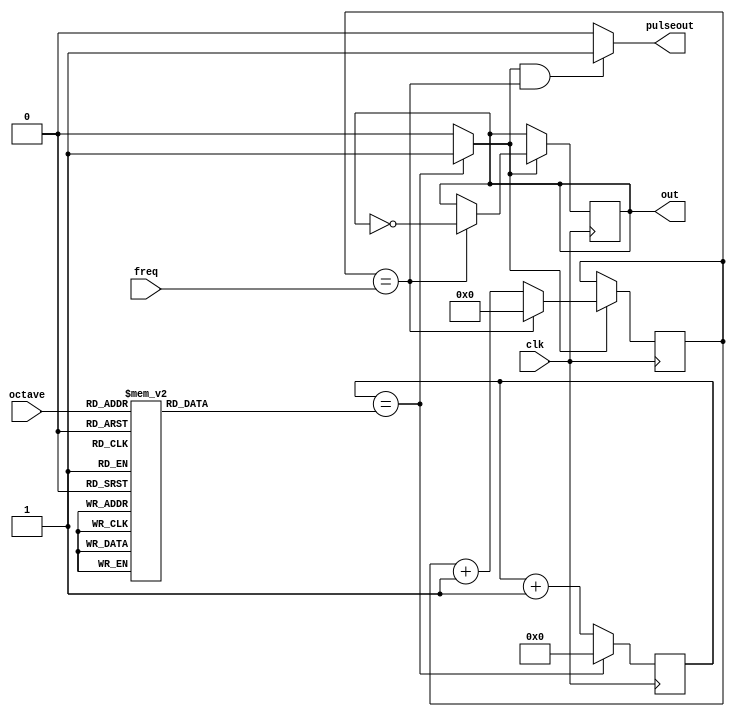
module saa1099_tone_gen (
    input wire clk,
    input wire [2:0] octave,
    input wire [8:0] freq,
    output reg out,
    output reg pulseout
);
    reg [7:0] fcounter;
    always @* begin
        case (octave)
            3'd0: fcounter = 8'd255;
            3'd1: fcounter = 8'd127;
            3'd2: fcounter = 8'd63;
            3'd3: fcounter = 8'd31;
            3'd4: fcounter = 8'd15;
            3'd5: fcounter = 8'd7;
            3'd6: fcounter = 8'd3;
            3'd7: fcounter = 8'd1;
        endcase
    end
    reg [7:0] count = 8'd0;
    always @(posedge clk) begin
        if (count == fcounter)
            count <= 8'd0;
        else
        count <= count + 1;
    end
    reg pulse;
    always @* begin
        if (count == fcounter)
            pulse = 1'b1;
        else
            pulse = 1'b0;
    end
    initial out = 1'b0;    
    reg [8:0] cfinal = 9'd0;
    always @(posedge clk) begin
        if (pulse == 1'b1) begin
            if (cfinal == freq) begin
                cfinal <= 9'd0;
                out <= ~out;
            end
            else
                cfinal <= cfinal + 1;
        end
    end
    always @* begin
        if (pulse == 1'b1 && cfinal == freq)
            pulseout = 1'b1;
        else
            pulseout = 1'b0;
    end
endmodule